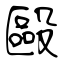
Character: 毆